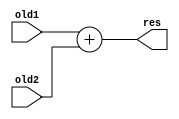
`timescale 1ns / 1ps

module Adder(
    input[31:0] old1,
    input[31:0] old2,
    output[31:0] res
    );
    assign res = old1 + old2;
endmodule